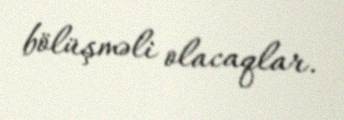
bölüşməli olacaqlar.